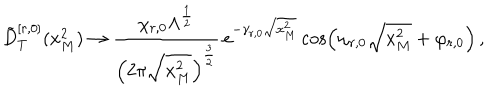
\tilde { D } _ { T } ^ { [ r , 0 ] } ( x _ { M } ^ { 2 } ) \rightarrow \frac { \chi _ { r , 0 } \Lambda ^ { \frac { 1 } { 2 } } } { \left( 2 \pi \sqrt { x _ { M } ^ { 2 } } \right) ^ { \frac { 3 } { 2 } } } \, e ^ { - \gamma _ { r , 0 } \sqrt { x _ { M } ^ { 2 } } } \cos \left( \omega _ { r , 0 } \sqrt { x _ { M } ^ { 2 } } + \varphi _ { r , 0 } \right) \, ,